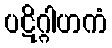
ပဋိဂ္ဂါဟကံ